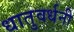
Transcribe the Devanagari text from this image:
धातुवर्धनी